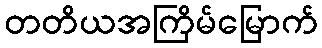
တတိယအကြိမ်မြောက်